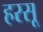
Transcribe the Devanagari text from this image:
हरसू